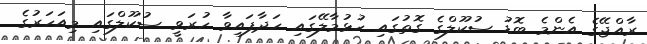
ރާއްޖޭގެ އެންމެ ބޮޑު ސުކޫލްގެ ގޮތުގައި ހުޅުމާލޭގައި ހަދާފައިވާ ހުރަވީ ސުކޫލްގައި މިއަހަރުގެ